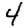
Digit: 4